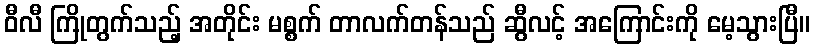
ဝီလီ ကြိုတွက်သည့် အတိုင်း မစ္စက် တာလက်တန်သည် ဆွီလင့် အကြောင်းကို မေ့သွားပြီ။